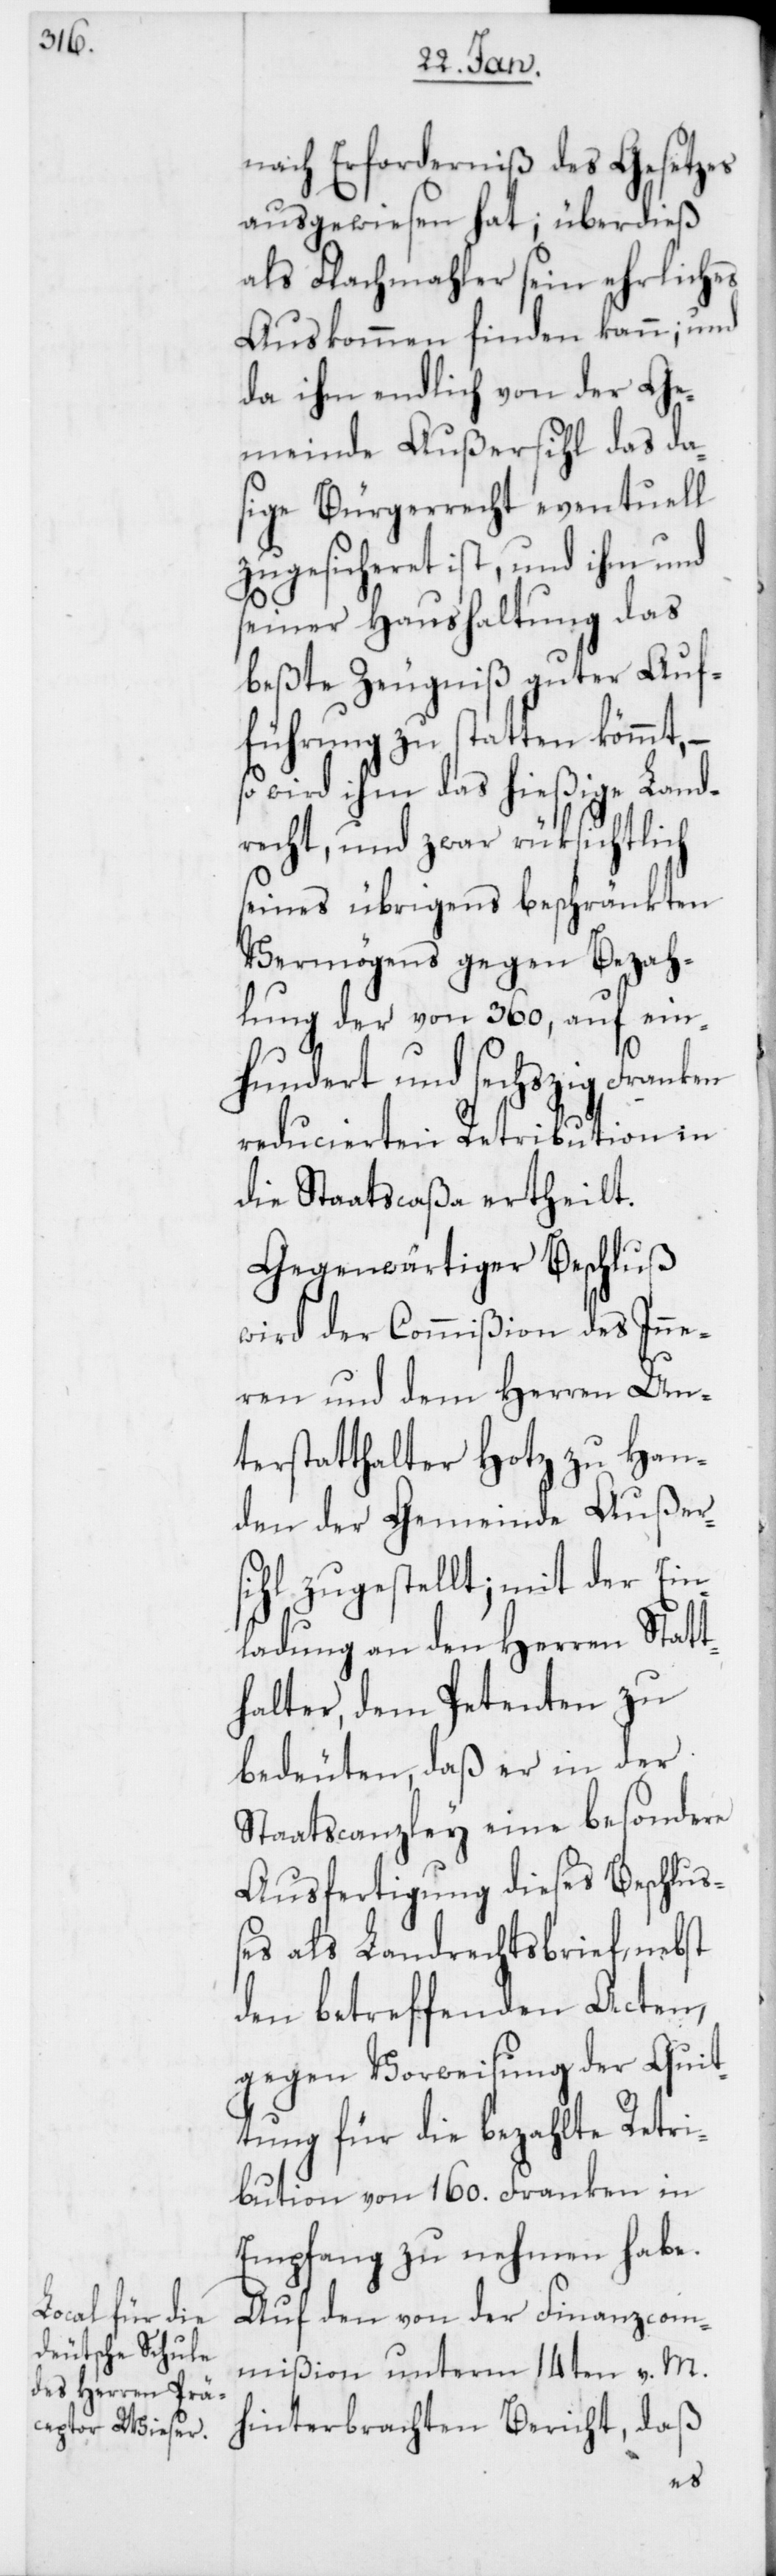
nach Erforderniß des Gesetzes
ausgewiesen hat; überdieß
als Flachmahler sein ehrliches
Auskommen finden kann; und
da ihm endlich von der Ge¬
meinde Außersihl das da¬
sige Bürgerrecht eventuell
zugesicheret ist, und ihm und
seiner Haushaltung das
beßte Zeugniß guter Auf¬
führung zu statten kömmt,
wird ihm das hießige Land¬
recht, und zwar rüksichtlich
seines übrigens beschränkten
Vermögens gegen Bezah¬
lung der von 360, auf ein¬
hundert und sechszig Frank¬
reducierten Retribution in
die Staatscaßa ertheilt.
Gegenwärtiger Beschluß
wird der Commißion des Inne¬
ren und dem Herren Un¬
terstatthalter Hotz zu Han¬
den der Gemeinde Außer¬
sihl zugestellt; mit der Ein¬
ladung an den Herren Statt¬
halter, dem Petenten zu
bedeuten, daß er in der
Staatscanzley eine besondere
Ausfertigung dieses Beschluß¬
es als Landrechtsbrief, nebst
den betreffenden Acten,
gegen Vorweisung der Quit¬
tung für die bezahlte Retri¬
bution von 160. Franken in
Empfang zu nehmen habe.
Auf den von der Finanzcom¬
mißion unterm 14ten v. M.
hinterbrachten Bericht, daß
en